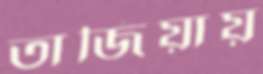
তাজিয়ায়